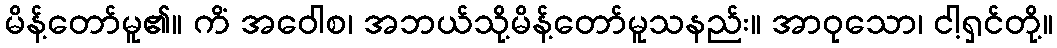
မိန့်တော်မူ၏။ ကိံ အဝေါစ၊ အဘယ်သို့မိန့်တော်မူသနည်း။ အာဝုသော၊ ငါ့ရှင်တို့။